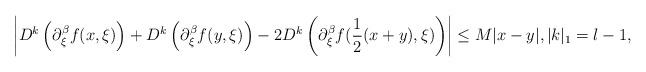
LaTeX: \begin{align*}\left|D^k\left(\partial_{\xi}^{\beta}f(x,\xi)\right)+D^k\left(\partial_{\xi}^{\beta}f(y,\xi)\right)-2D^k\left(\partial_{\xi}^{\beta}f(\frac{1}{2}(x+y),\xi)\right)\right|\leq M|x-y|, |k|_1=l-1,\end{align*}